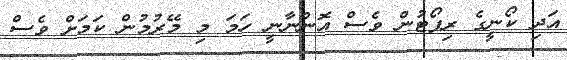
އަދި ކޯނީގެ ރިޕޯޓުން ވެސް އޮންނާނީ ހަމަ މި މޭރުމުން ކަމަށް ވެސް